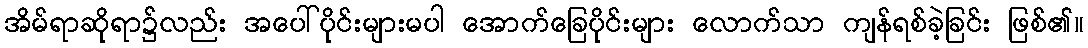
အိမ်ရာဆိုရာ၌လည်း အပေါ်ပိုင်းများမပါ အောက်ခြေပိုင်းများ လောက်သာ ကျန်ရစ်ခဲ့ခြင်း ဖြစ်၏။